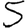
Digit: 5